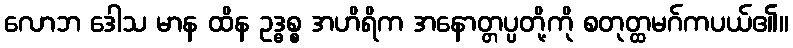
လောဘ ဒေါသ မာန ထိန ဥဒ္ဓစ္စ အဟိရိက အနောတ္တပ္ပတို့ကို စတုတ္ထမဂ်ကပယ်၏။